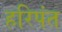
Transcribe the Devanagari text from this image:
हरिपंत